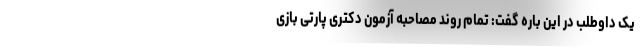
یک داوطلب در این باره گفت: تمام روند مصاحبه آزمون دکتری پارتی بازی